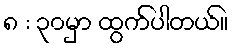
၈ : ၃၀မှာ ထွက်ပါတယ်။